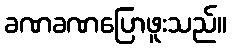
ခဏခဏပြောဖူးသည်။